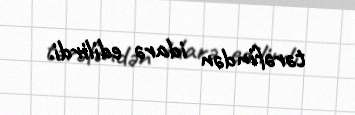
tərəfindən idarə edilirdi.